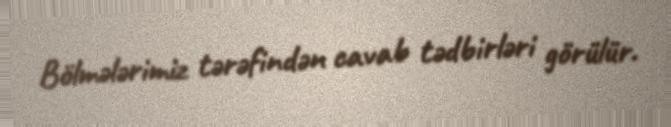
Bölmələrimiz tərəfindən cavab tədbirləri görülür.